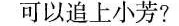
可以追上小芳?